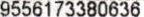
9556173380636